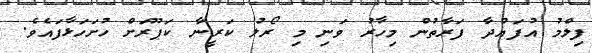
ފިލްމު އުފައްދާ ފަރާތުން މިހާރު ވަނި މި ރޯލު ކަރީނާ ކަޕޫރަށް ހުށަހަޅާފައެވެ.